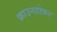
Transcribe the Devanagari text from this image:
फ्राउनहोफ़र